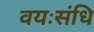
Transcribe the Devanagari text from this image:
वयःसंधि